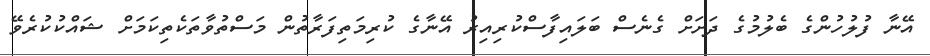
އޭނާ ފުލުހުންގެ ބެލުމުގެ ދަށަށް ގެނެސް ބަލައިފާސްކުރިއިރު އޭނާގެ ކުރިމަތިފަރާތުން މަސްތުވާތަކެތިކަމަށް ޝައްކުކުރެވޭ